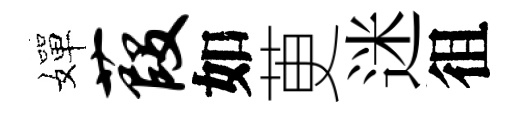
嬋葭如茰迷徂